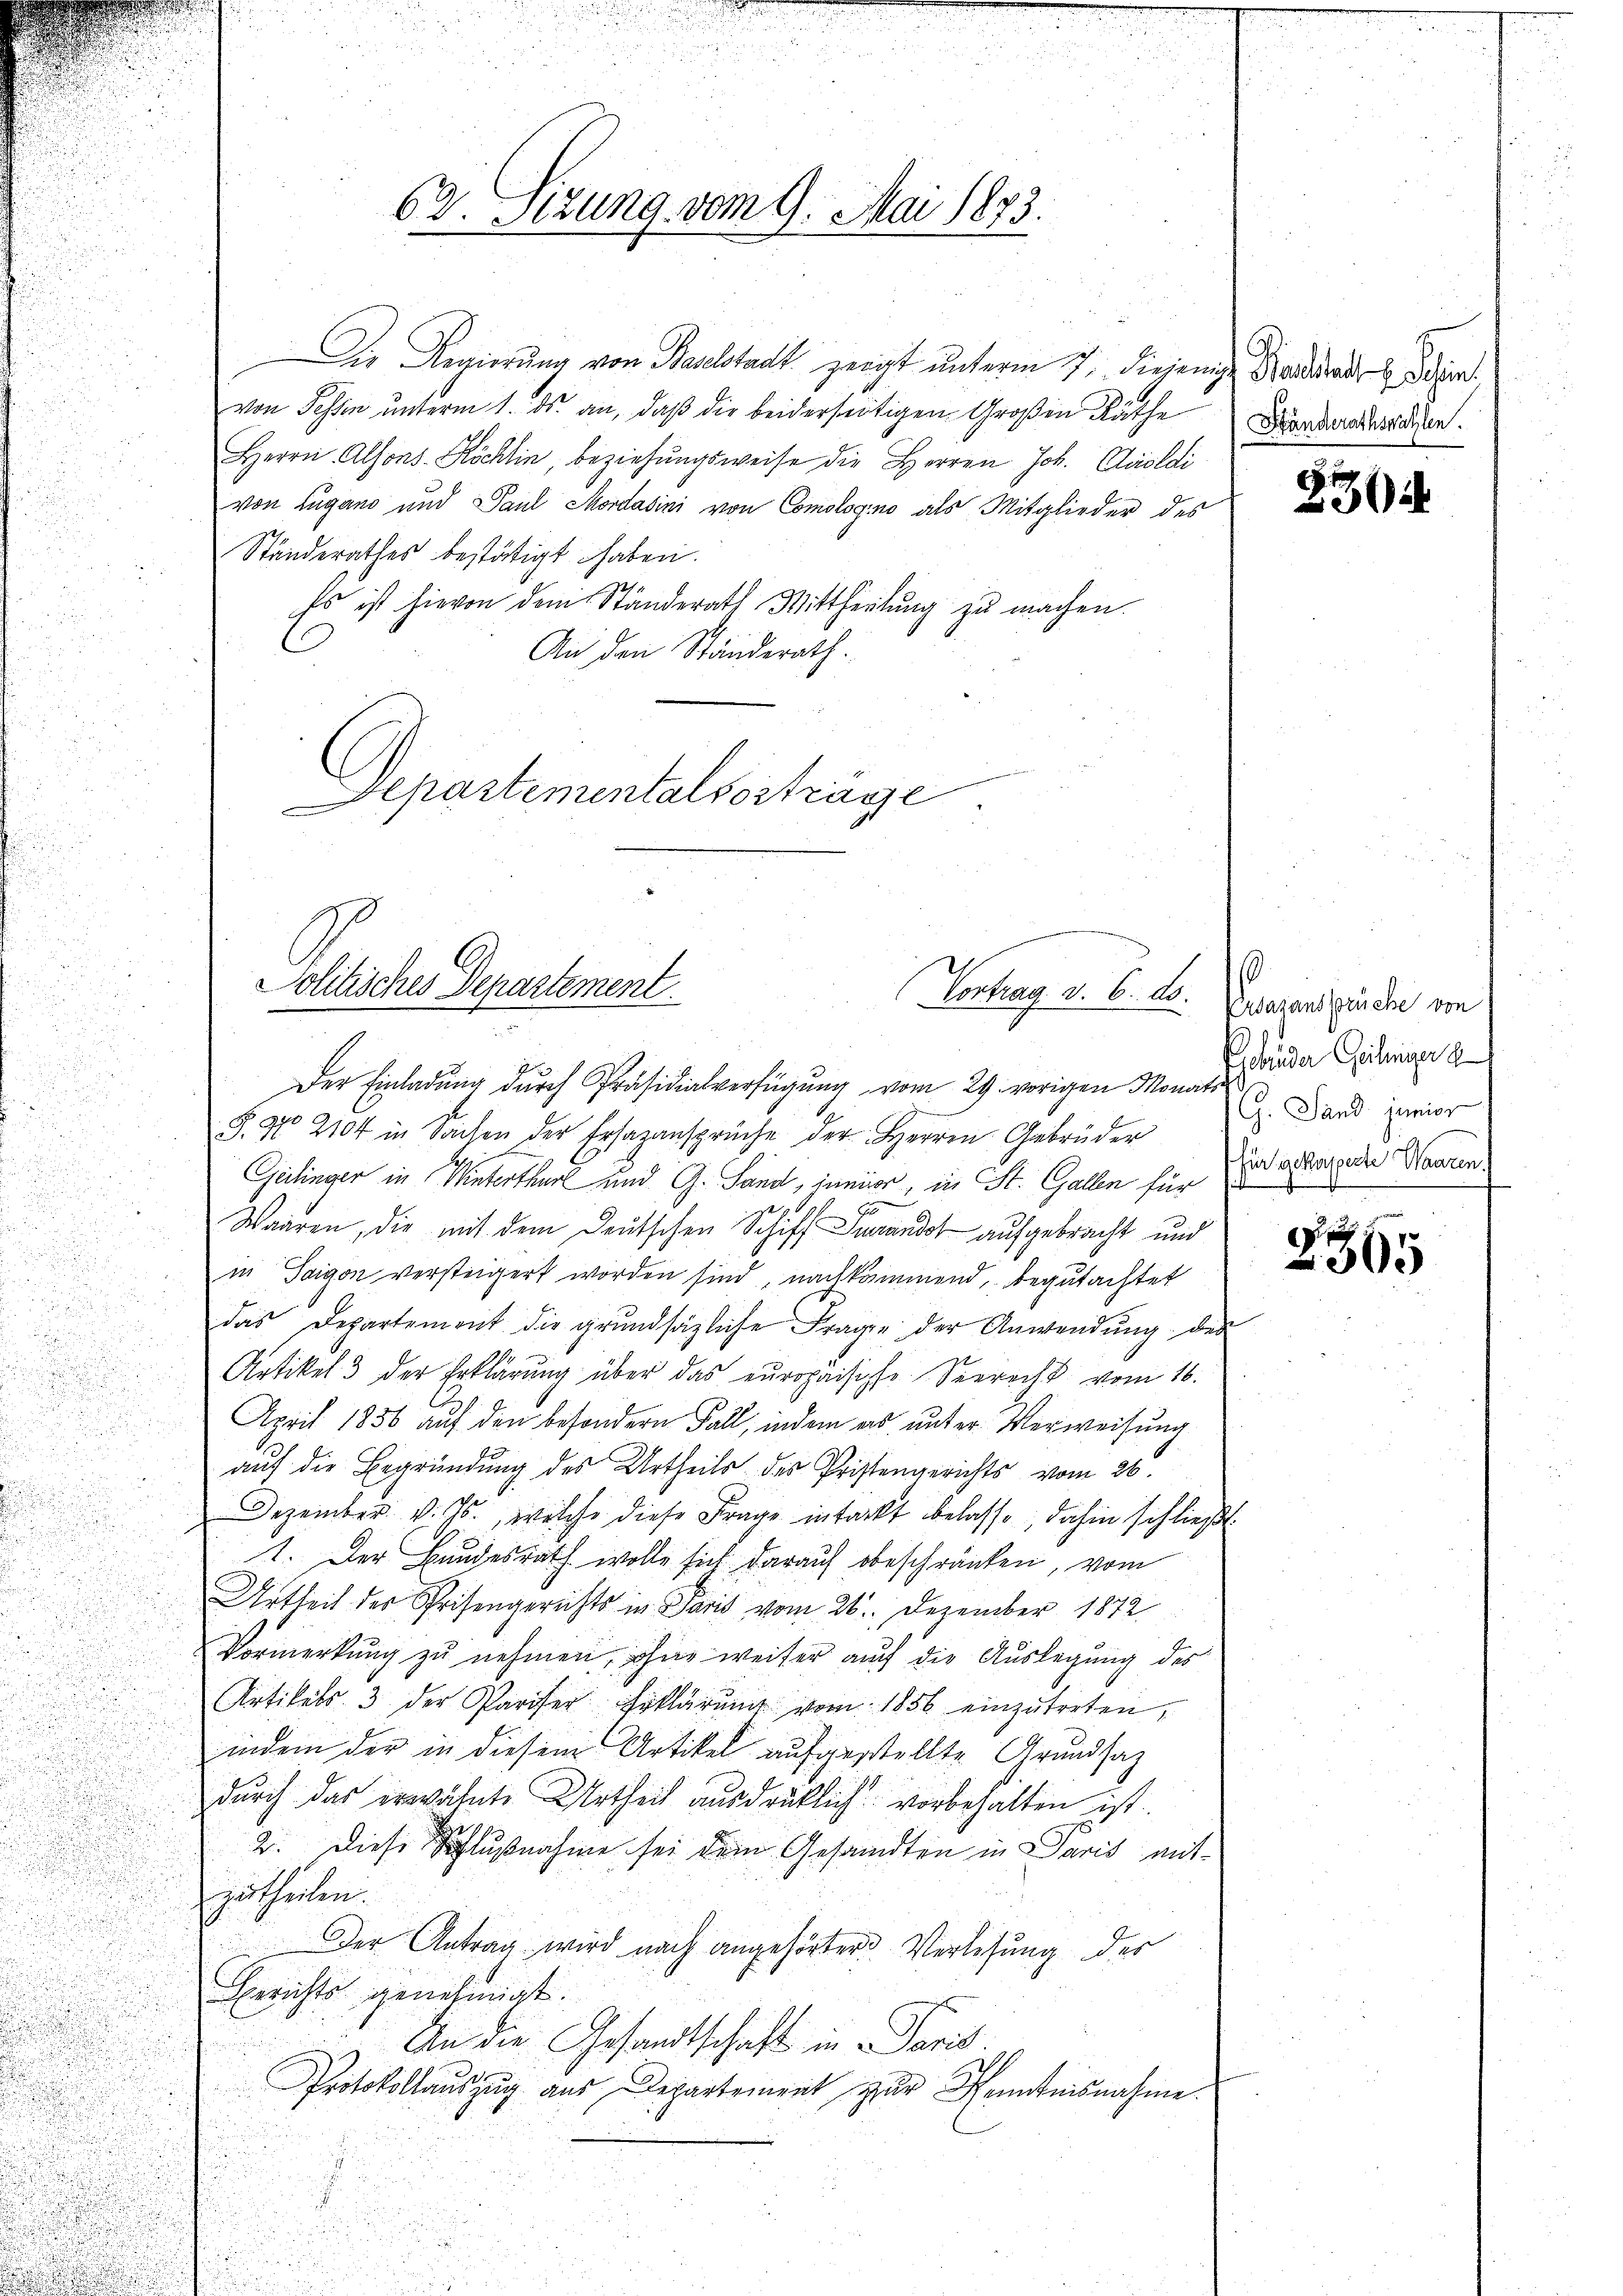
Die Regierung von Baselstadt zeigt unterm 7. diejenige Kanade des
von Fessen unterm 1. ds. an, daß die beiderseitigen Großen Räthe
Herrn Alfons-Köchlin, beziehungsweise die Herren Joh. Croldi
von Lugano und Paul Mordasini von Comologino als Mitglieder des
Ständerathes bestätigt haben.
Es ist hievon dem Ständerath Mittheilung zu machen.
An den Ständerath.
Departementalsosträge

Politisches Departement.

62. Stzung vom 9. Mai 1873.

Vortrag d. 6. ds.

.
Handerathswahlen.

Der Einladung durch Präsidialverfügung vom 29. vorigen Monats
§. 970 2104 in Sachen der Ersazansprüche der Herren Gebrüder
u
Geilinger in Winterthur und G. Sand, immer, in St. Gallen für
d
Waaren, die mit dem Deutschen Schiff Turando aufgebracht und
in Saigon versteigert worden sind, nachkommend, begutachtet

das Departement die grundsätzliche Fragen der Anwendŭng des
.
Artikel 3 der Erklärŭng über das europaisiche Seerecht vom 16.

i
u
April 1856 auf den besondern Fall, indem es unter Verweisung

n

auf die Begründung des Urtheils des Pristengerichts vom 26.
u
Dezember v. Js., welche diese Frage intackt belasse, dahin schließt.
1. Der Bundesrath wolle sich darauf obeschränken, vom
Urtheil der Prisengerichts in Paris vom 26. Dezember 1872
Vormerkŭng zŭ nehmen, ohne weiter auf die Aŭslegung des
Artikels 3 der Pariser Erklärŭng vom 1856 einzŭtreten,
indem der in diesem Artikel aufgestellte Grundsatz
durch das erwähnte Urtheil ausdrüklich vorbehalten ist.
2. Diese Schlußnahme sei dem Gesandten in Paris mit-
zurtheilen.
Der Antrag wird nach angehörter Verlesung der
Berichts genehmigt.
An die Gesandtschaft in Paris
Protokollauszug aus Departement zur Kenntnisnahme.
.

3364

0
Crdasansprüche von
Esbrüder Geiliger
G. Sand. junior
für gekapperte Waaren.

2365